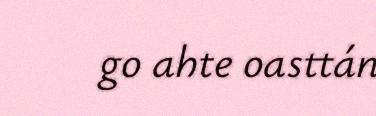
go ahte oasttán